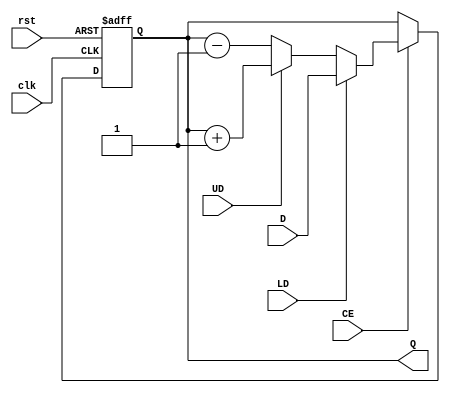
`timescale 1ns / 1ps

module UD_CNT_4(
                input [3:0] D,
                input LD, UD, CE, rst, clk,
                output reg [3:0] Q
                );

always @(posedge clk, negedge rst) begin
    if(!rst) 
    begin
        Q=4'b0000;
    end 

    else if(CE) 
    begin
        if(LD) 
        begin
            Q = D;
        end 

        else if(UD) 
        begin
            Q = Q + 4'b0001;
        end 

        else 
        begin
            Q = Q - 4'b0001;
        end
    end 

    else 
    begin
        Q = Q;
    end
end
endmodule